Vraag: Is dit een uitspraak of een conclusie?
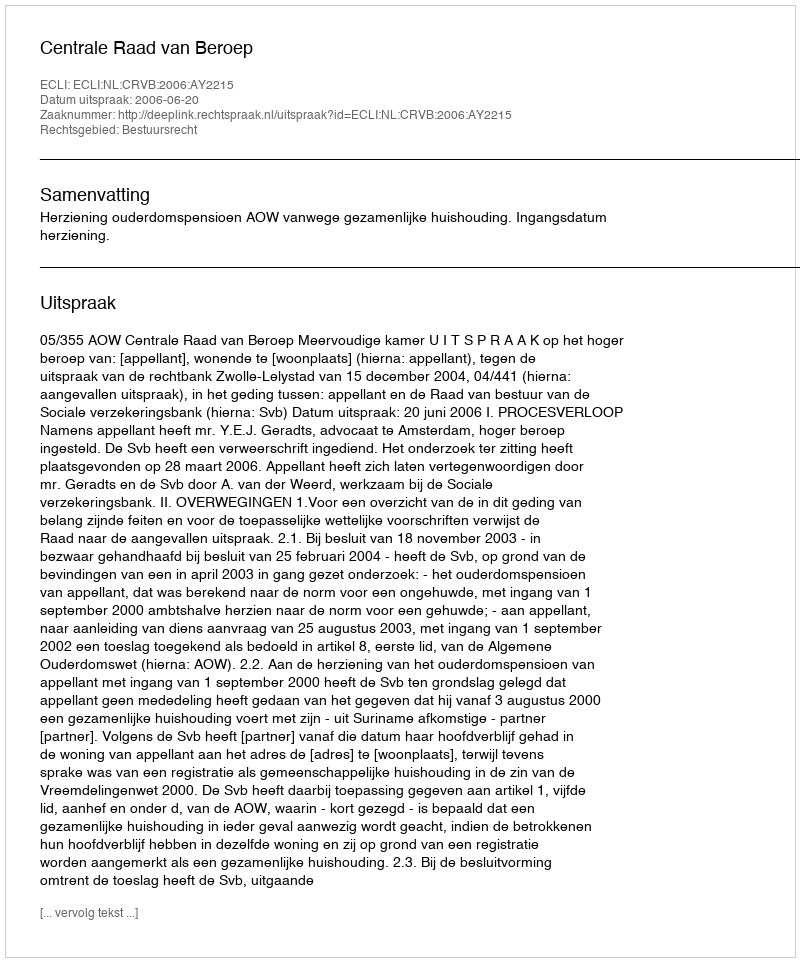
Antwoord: Uitspraak